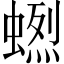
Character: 𧏲